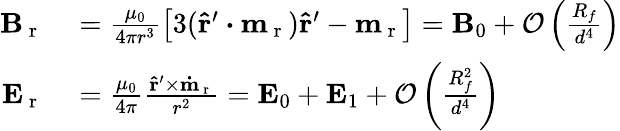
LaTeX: \begin{array}{rl}{\mathbf{B}_{\mathrm{~r~}}}&{{}=\frac{\mu_{0}}{4\pi r^{3}}\left[3(\mathbf{\hat{r}^{\prime}}\boldsymbol{\cdot}\mathbf{m}_{\mathrm{~r~}})\mathbf{\hat{r}^{\prime}}-\mathbf{m}_{\mathrm{~r~}}\right]=\mathbf{B}_{0}+\mathcal{O}\left(\frac{R_{f}}{d^{4}}\right)}\\ {\mathbf{E}_{\mathrm{~r~}}}&{{}=\frac{\mu_{0}}{4\pi}\frac{\mathbf{\hat{r}^{\prime}}\times\mathbf{\dot{m}_{\mathrm{~r~}}}}{r^{2}}=\mathbf{E}_{0}+\mathbf{E}_{1}+\mathcal{O}\left(\frac{R_{f}^{2}}{d^{4}}\right)}\end{array}